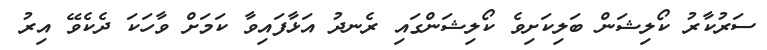
ސަރުކާރު ކޯލިޝަން ބަލިކަށިވެ ކޯލިޝަންގައި ރެނދު އަޅާފައިވާ ކަމަށް ވާހަކަ ދެކެވޭ އިރު